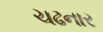
ચઢનાર